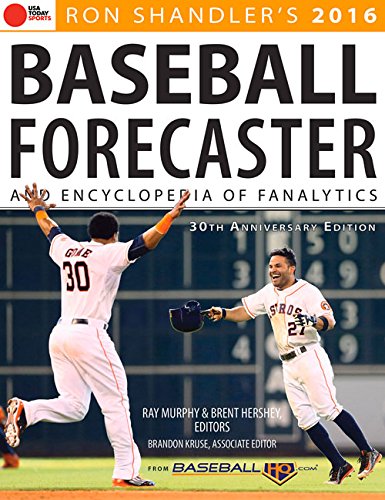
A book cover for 2016 Baseball Forecaster: & Encyclopedia of Fanalytics; Reference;